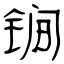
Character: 锏